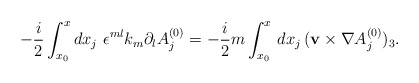
\begin{align*}- \frac{i}{2} \int_{x_0}^x dx_j \,\,\epsilon^{ml} k_m \partial_lA^{(0)}_j = -\frac{i}{2}m \int_{x_0}^x \,dx_j \, ({\bf v} \times\nabla A^{(0)}_j)_3. \end{align*}